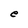
Character: e